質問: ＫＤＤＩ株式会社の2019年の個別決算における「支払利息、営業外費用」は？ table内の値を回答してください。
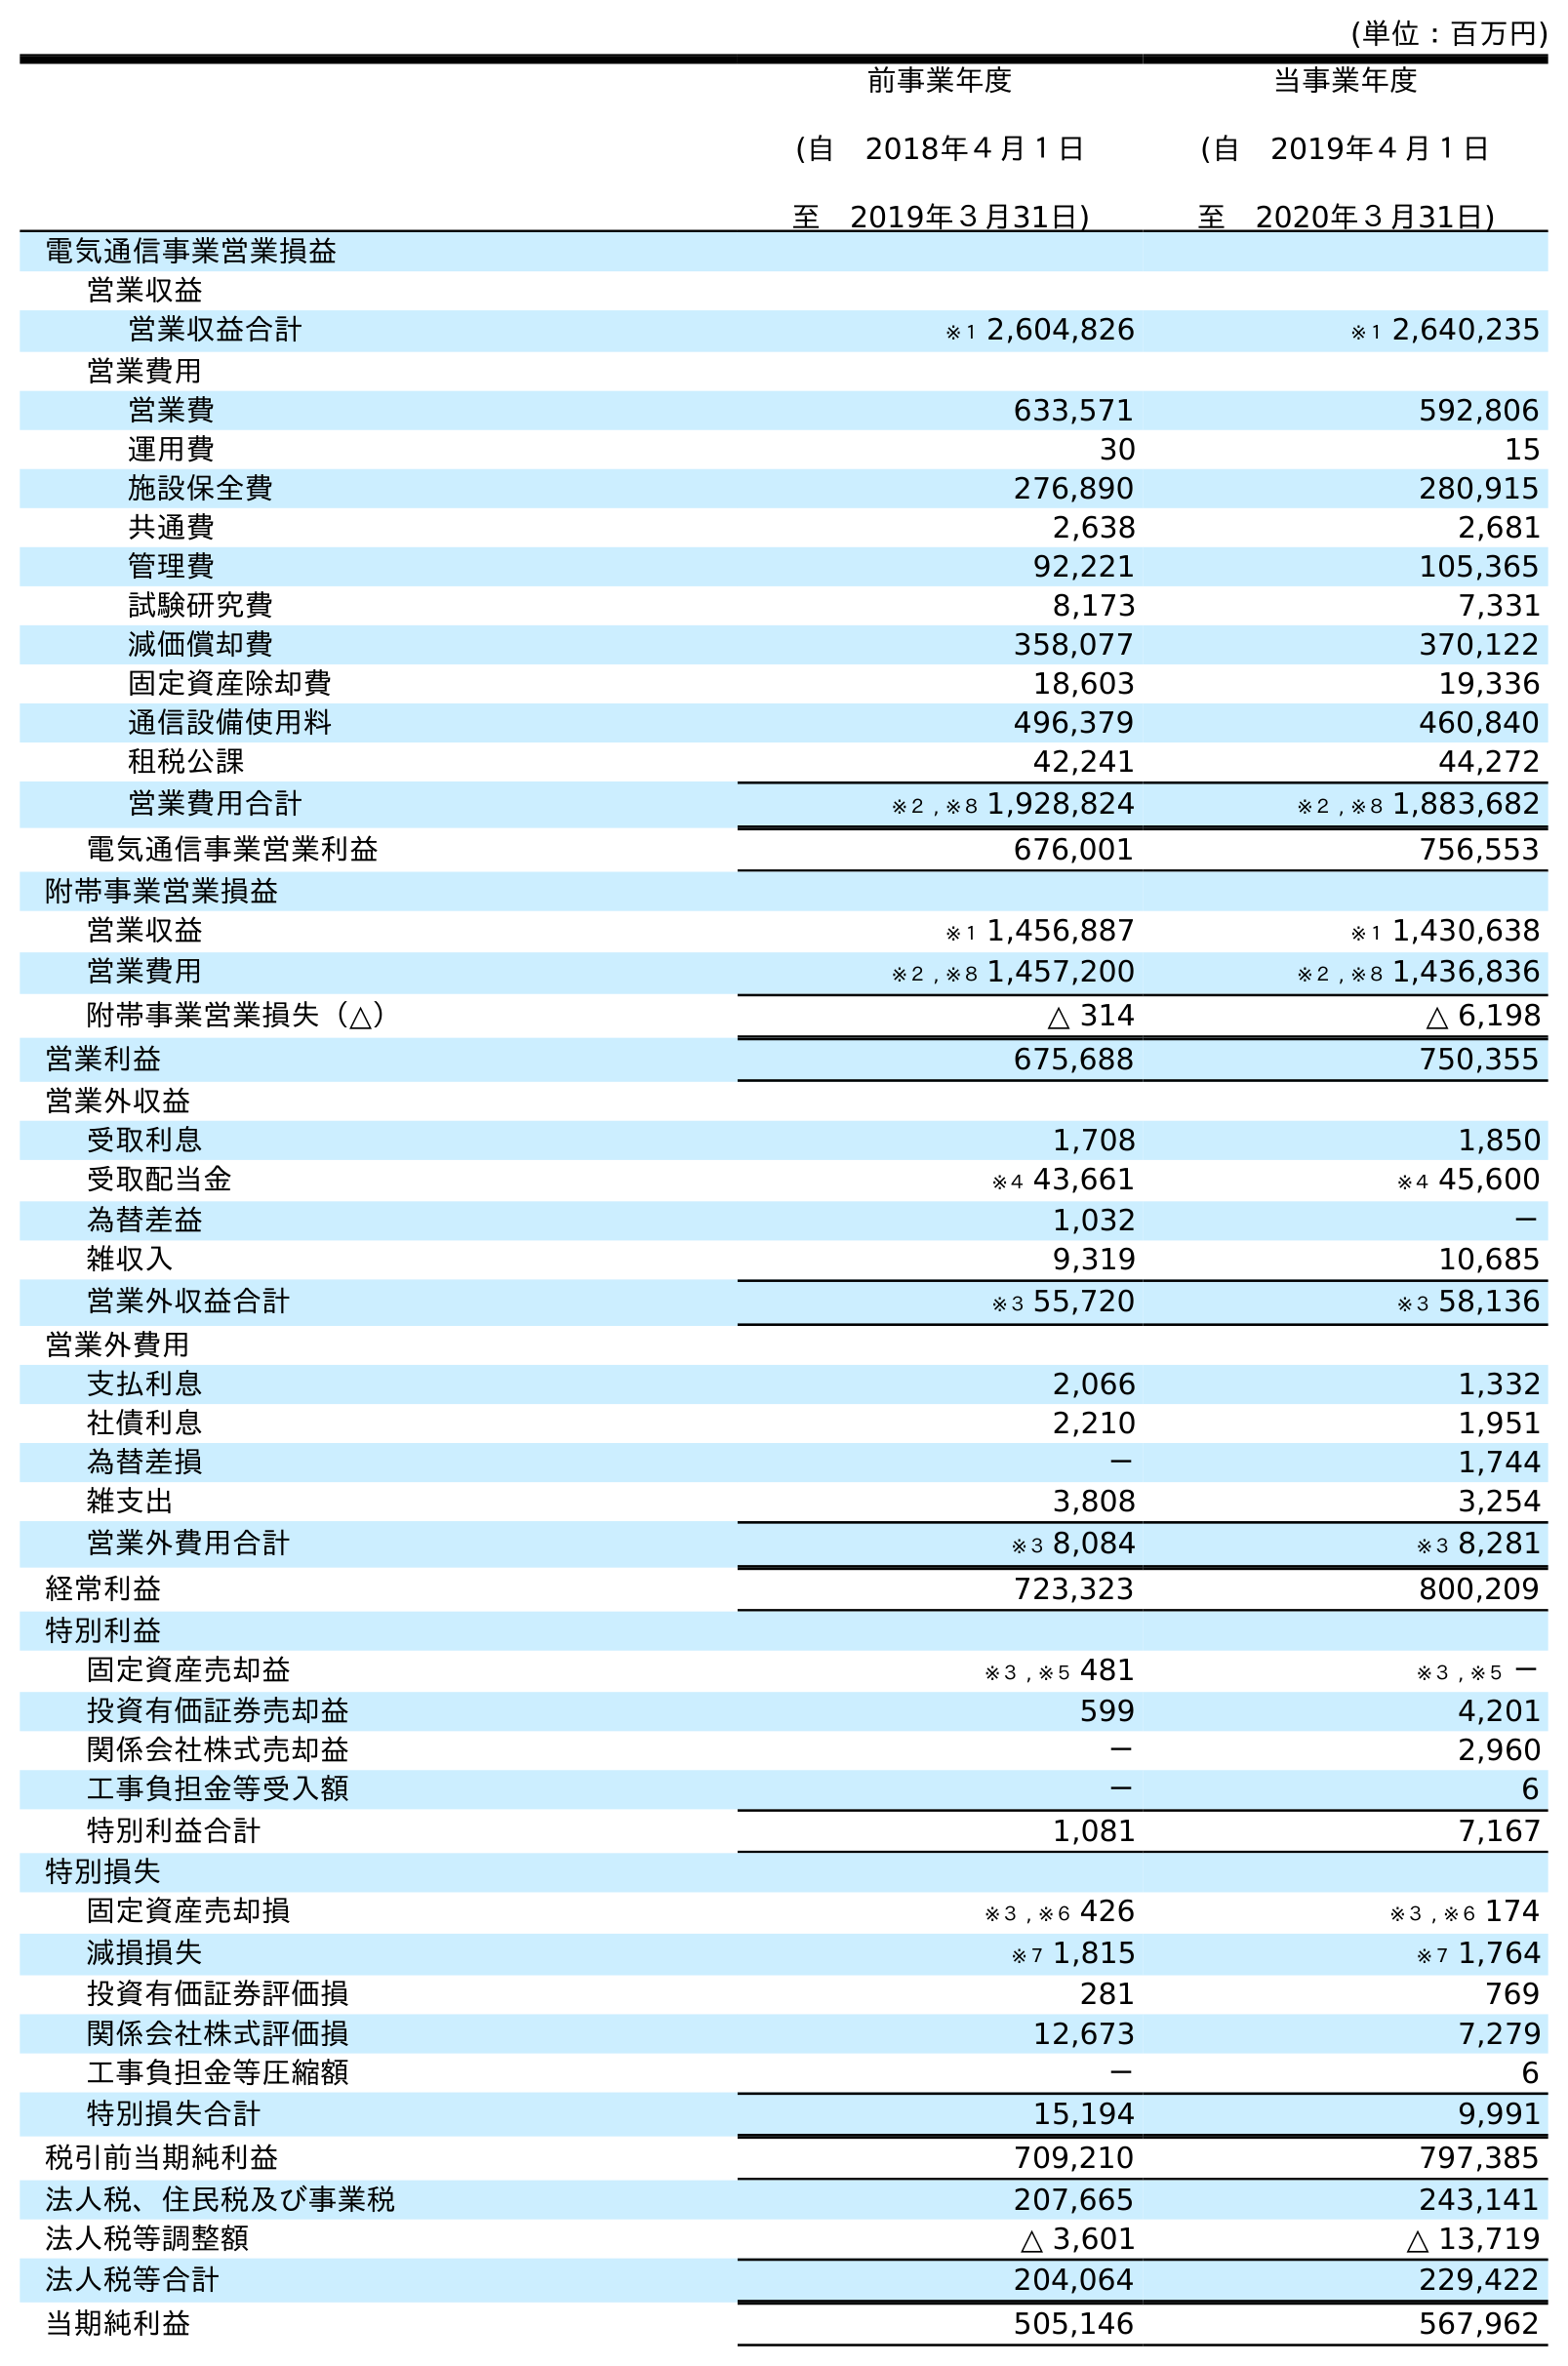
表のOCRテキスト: (単位：百万円) 前事業年度 (自 2018年４月１日 至 2019年３月31日) 当事業年度 (自 2019年４月１日 至 2020年３月31日) 電気通信事業営業損益 営業収益 営業収益合計 ※１ 2,604,826 ※１ 2,640,235 営業費用 営業費 633,571 592,806 運用費 30 15 施設保全費 276,890 280,915 共通費 2,638 2,681 管理費 92,221 105,365 試験研究費 8,173 7,331 減価償却費 358,077 370,122 固定資産除却費 18,603 19,336 通信設備使用料 496,379 460,840 租税公課 42,241 44,272 営業費用合計 ※２ , ※８ 1,928,824 ※２ , ※８ 1,883,682 電気通信事業営業利益 676,001 756,553 附帯事業営業損益 営業収益 ※１ 1,456,887 ※１ 1,430,638 営業費用 ※２ , ※８ 1,457,200 ※２ , ※８ 1,436,836 附帯事業営業損失（△） △ 314 △ 6,198 営業利益 675,688 750,355 営業外収益 受取利息 1,708 1,850 受取配当金 ※４ 43,661 ※４ 45,600 為替差益 1,032 － 雑収入 9,319 10,685 営業外収益合計 ※３ 55,720 ※３ 58,136 営業外費用 支払利息 2,066 1,332 社債利息 2,210 1,951 為替差損 － 1,744 雑支出 3,808 3,254 営業外費用合計 ※３ 8,084 ※３ 8,281 経常利益 723,323 800,209 特別利益 固定資産売却益 ※３ , ※５ 481 ※３ , ※５ － 投資有価証券売却益 599 4,201 関係会社株式売却益 － 2,960 工事負担金等受入額 － 6 特別利益合計 1,081 7,167 特別損失 固定資産売却損 ※３ , ※６ 426 ※３ , ※６ 174 減損損失 ※７ 1,815 ※７ 1,764 投資有価証券評価損 281 769 関係会社株式評価損 12,673 7,279 工事負担金等圧縮額 － 6 特別損失合計 15,194 9,991 税引前当期純利益 709,210 797,385 法人税、住民税及び事業税 207,665 243,141 法人税等調整額 △ 3,601 △ 13,719 法人税等合計 204,064 229,422 当期純利益 505,146 567,962
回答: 2,066